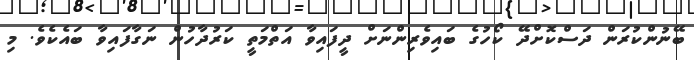
ބޭނުންކުރަން ދަސްކޮށްދޭ ކޯހުގެ ބައިވެރިންނަށް ދީފައިވާ އަތްމަތީ ކަރުދާހުން ނަގާފައިވާ ބައެކެވެ. މި